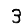
Digit: 3